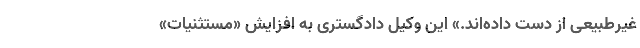
غیرطبیعی از دست داده‌اند.» این وکیل دادگستری به افزایش «مستثنیات»